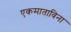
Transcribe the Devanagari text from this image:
एकमाताविना